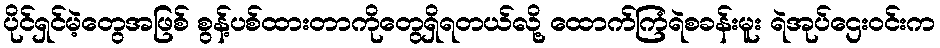
ပိုင်ရှင်မဲ့တွေအဖြစ် စွန့်ပစ်ထားတာကိုတွေရှိရတယ်လို့ ထောက်ကြံရဲစခန်းမူး ရဲအုပ်ဌေးဝင်းက